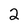
Character: 2